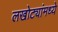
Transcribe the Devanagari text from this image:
लखोट्यांमध्ये